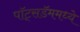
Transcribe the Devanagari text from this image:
पॉट्सडॅममध्ये